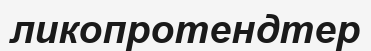
ликопротендтер